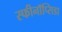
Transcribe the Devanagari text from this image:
स्फीनॉप्सिडा